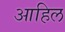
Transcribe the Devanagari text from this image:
आहिल